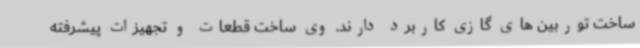
ساخت توربین های گازی کاربرد دارند. وی ساخت قطعات و تجهیزات پیشرفته